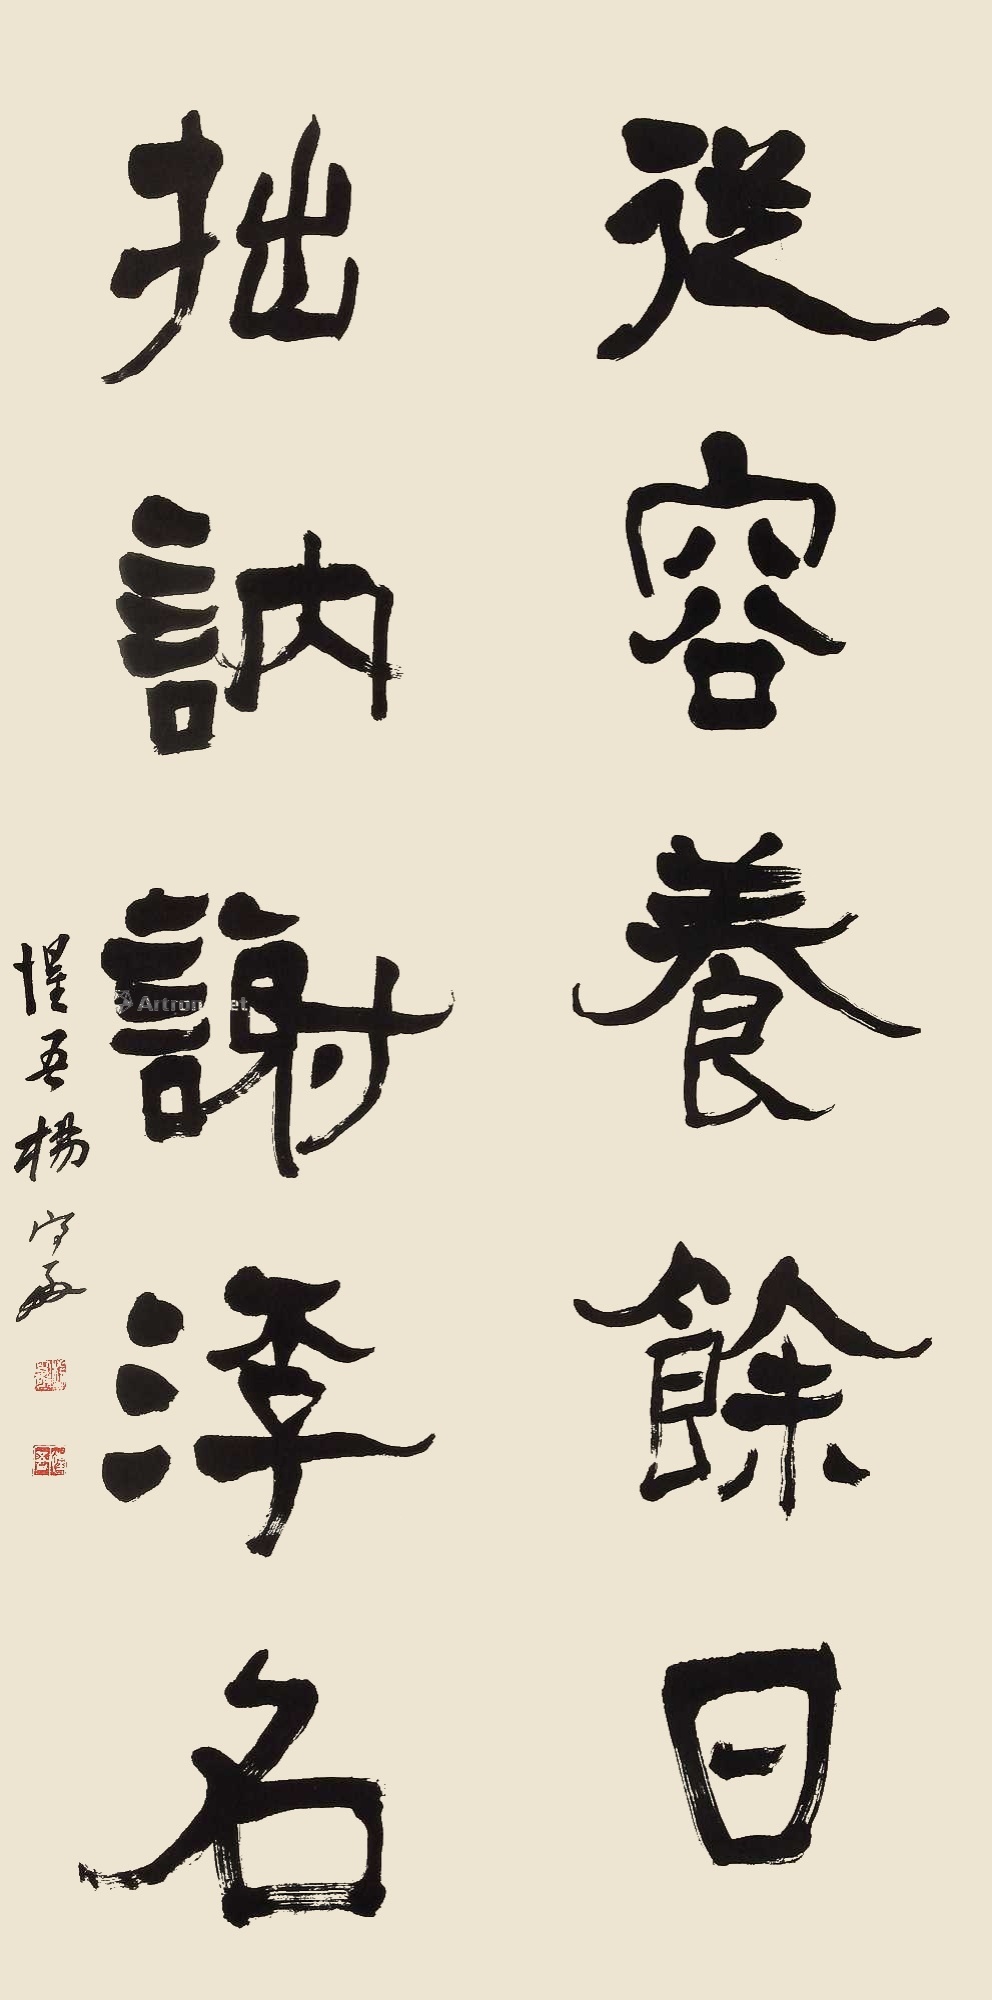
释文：从容养余日，拙讷谢浮名。惺吾杨守敬。